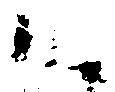
候